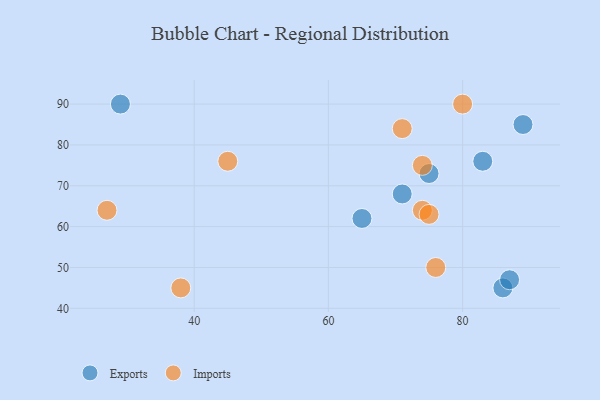
{"axis": {"x": "GDP", "y": "Life Expectancy"}, "legend": ["Exports", "Imports"], "data": [{"x": "83", "y": 76, "type": "Exports"}, {"x": "86", "y": 45, "type": "Exports"}, {"x": "89", "y": 85, "type": "Exports"}, {"x": "71", "y": 68, "type": "Exports"}, {"x": "29", "y": 90, "type": "Exports"}, {"x": "75", "y": 73, "type": "Exports"}, {"x": "87", "y": 47, "type": "Exports"}, {"x": "65", "y": 62, "type": "Exports"}, {"x": "27", "y": 64, "type": "Imports"}, {"x": "76", "y": 50, "type": "Imports"}, {"x": "45", "y": 76, "type": "Imports"}, {"x": "74", "y": 64, "type": "Imports"}, {"x": "38", "y": 45, "type": "Imports"}, {"x": "71", "y": 84, "type": "Imports"}, {"x": "75", "y": 63, "type": "Imports"}, {"x": "80", "y": 90, "type": "Imports"}, {"x": "74", "y": 75, "type": "Imports"}]}